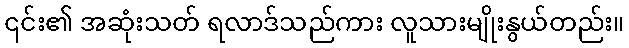
၎င်း၏ အဆုံးသတ် ရလာဒ်သည်ကား လူသားမျိုးနွယ်တည်း။